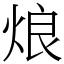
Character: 烺